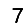
Digit: 7